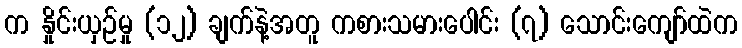
က နှိုင်းယှဉ်မှု (၁၂) ချက်နဲ့အတူ ကစားသမားပေါင်း (၇) သောင်းကျော်ထဲက